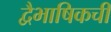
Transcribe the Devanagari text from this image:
द्वैभाषिकची